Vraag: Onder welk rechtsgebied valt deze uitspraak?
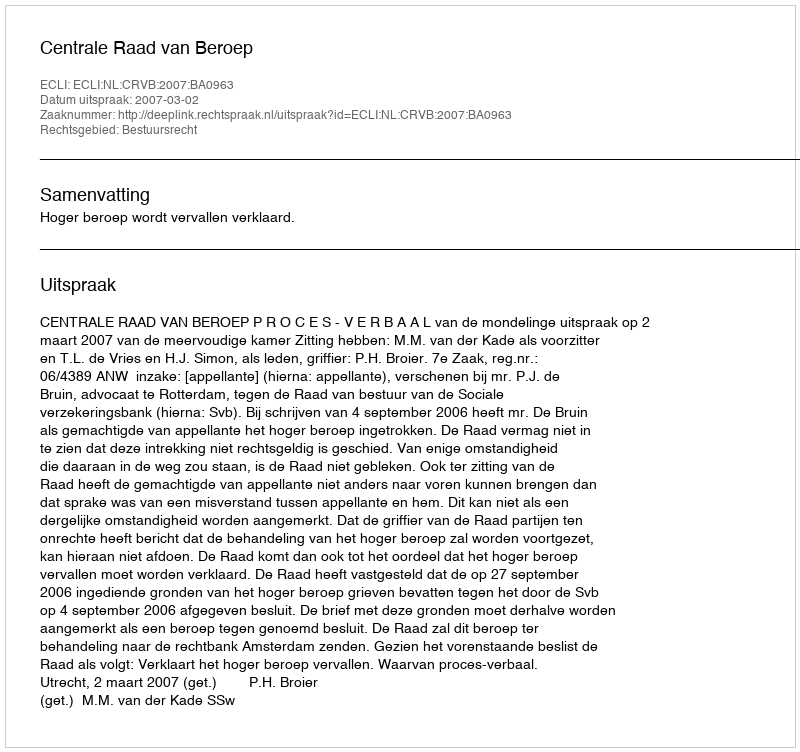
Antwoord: Bestuursrecht